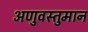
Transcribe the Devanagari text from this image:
अणुवस्तुमान